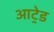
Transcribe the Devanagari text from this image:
आट्रेड